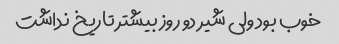
خوب بود ولی شیر دو روز بیشتر تاریخ نداشت